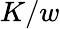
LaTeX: K/w